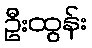
ဦးထွန်း